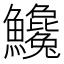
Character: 𩽝